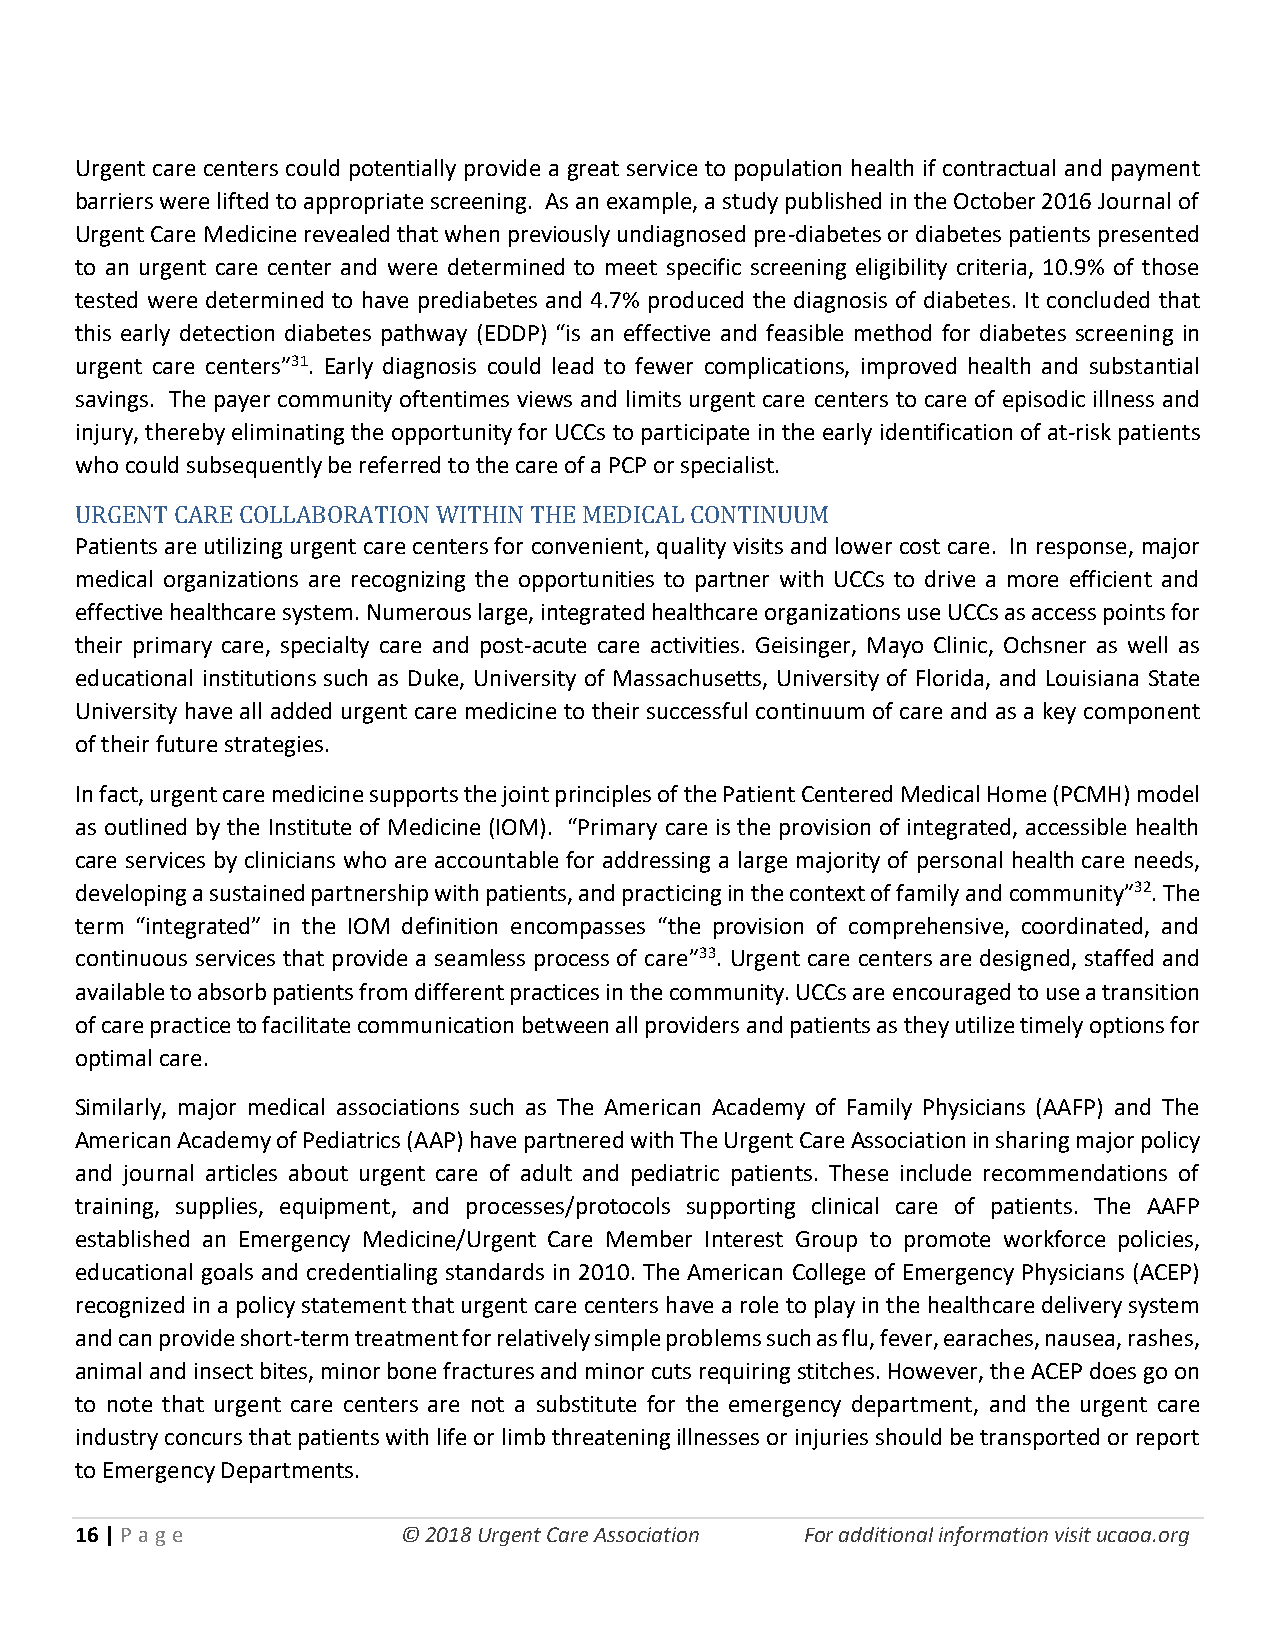
Urgent care centers could potentially provide a great service to population health if contractual and payment
 barriers were lifted to appropriate screening. As an example, a study published in the October 2016 Journal of
 Urgent Care Medicine revealed that when previously undiagnosed pre-diabetes or diabetes patients presented
 to an urgent care center and were determined to meet specific screening eligibility criteria, 10.9% of those
 tested were determined to have prediabetes and 4.7% produced the diagnosis of diabetes. It concluded that
 this early detection diabetes pathway (EDDP) “is an effective and feasible method for diabetes screening in
 urgent care centers”31. Early diagnosis could lead to fewer complications, improved health and substantial
 savings. The payer community oftentimes views and limits urgent care centers to care of episodic illness and
 injury, thereby eliminating the opportunity for UCCs to participate in the early identification of at-risk patients
 who could subsequently be referred to the care of a PCP or specialist.
 URGENT CARE COLLABORATION WITHIN THE MEDICAL CONTINUUM
 Patients are utilizing urgent care centers for convenient, quality visits and lower cost care. In response, major
 medical organizations are recognizing the opportunities to partner with UCCs to drive a more efficient and
 effective healthcare system. Numerous large, integrated healthcare organizations use UCCs as access points for
 their primary care, specialty care and post-acute care activities. Geisinger, Mayo Clinic, Ochsner as well as
 educational institutions such as Duke, University of Massachusetts, University of Florida, and Louisiana State
 University have all added urgent care medicine to their successful continuum of care and as a key component
 of their future strategies.
 In fact, urgent care medicine supports the joint principles of the Patient Centered Medical Home (PCMH) model
 as outlined by the Institute of Medicine (IOM). “Primary care is the provision of integrated, accessible health
 care services by clinicians who are accountable for addressing a large majority of personal health care needs,
 developing a sustained partnership with patients, and practicing in the context of family and community”32. The
 term “integrated” in the IOM definition encompasses “the provision of comprehensive, coordinated, and
 continuous services that provide a seamless process of care”33. Urgent care centers are designed, staffed and
 available to absorb patients from different practices in the community. UCCs are encouraged to use a transition
 of care practice to facilitate communication between all providers and patients as they utilize timely options for
 optimal care.
 Similarly, major medical associations such as The American Academy of Family Physicians (AAFP) and The
 American Academy of Pediatrics (AAP) have partnered with The Urgent Care Association in sharing major policy
 and journal articles about urgent care of adult and pediatric patients. These include recommendations of
 training, supplies, equipment, and processes/protocols supporting clinical care of patients. The AAFP
 established an Emergency Medicine/Urgent Care Member Interest Group to promote workforce policies,
 educational goals and credentialing standards in 2010. The American College of Emergency Physicians (ACEP)
 recognized in a policy statement that urgent care centers have a role to play in the healthcare delivery system
 and can provide short-term treatment for relatively simple problems such as flu, fever, earaches, nausea, rashes,
 animal and insect bites, minor bone fractures and minor cuts requiring stitches. However, the ACEP does go on
 to note that urgent care centers are not a substitute for the emergency department, and the urgent care
 industry concurs that patients with life or limb threatening illnesses or injuries should be transported or report
 to Emergency Departments.
 16 | P age            © 2018 Urgent Care Association For additional information visit ucaoa.org